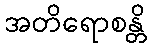
အတိရောစန္တိ